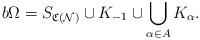
LaTeX: \begin{align*}b\Omega = S_{\mathfrak{C}(\mathcal{N})} \cup K_{-1} \cup \bigcup_{\alpha \in A} K_{\alpha}.\end{align*}